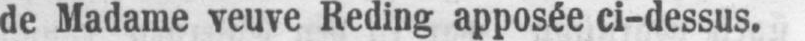
de Madame veuve Reding apposée ci-dessus.